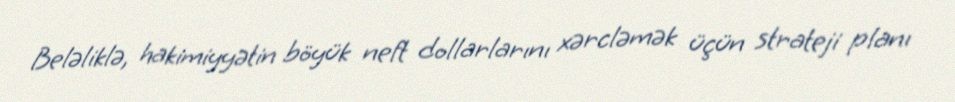
Beləliklə, hakimiyyətin böyük neft dollarlarını xərcləmək üçün strateji planı